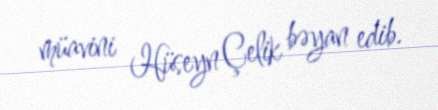
müavini Hüseyn Çelik bəyan edib.